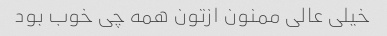
خیلی عالی ممنون ازتون همه چی خوب بود